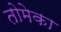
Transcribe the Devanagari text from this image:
तोमेका